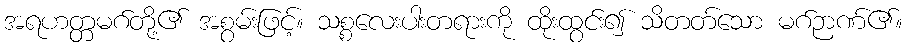
အရဟတ္တမဂ်တို့၏ အစွမ်းဖြင့်။ သစ္စလေးပါးတရားကို ထိုးထွင်း၍ သိတတ်သော မဂ်ဉာဏ်၏။